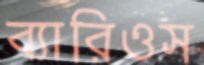
ব্যারিওস